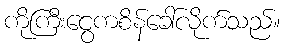
ကိုကြီးငွေကစိန်ခေါ်လိုက်သည်။